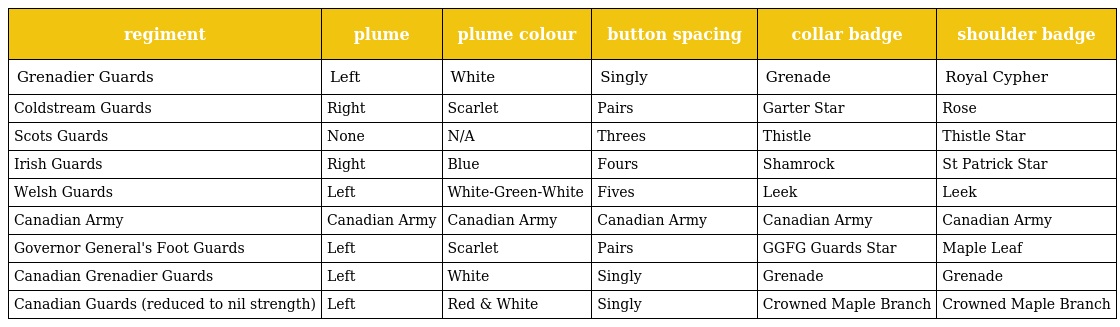
| regiment | plume | plume colour | button spacing | collar badge | shoulder badge |
 | --- | --- | --- | --- | --- | --- |
 | Grenadier Guards | Left | White | Singly | Grenade | Royal Cypher |
 | Coldstream Guards | Right | Scarlet | Pairs | Garter Star | Rose |
 | Scots Guards | None | N/A | Threes | Thistle | Thistle Star |
 | Irish Guards | Right | Blue | Fours | Shamrock | St Patrick Star |
 | Welsh Guards | Left | White-Green-White | Fives | Leek | Leek |
 | Canadian Army | Canadian Army | Canadian Army | Canadian Army | Canadian Army | Canadian Army |
 | Governor General's Foot Guards | Left | Scarlet | Pairs | GGFG Guards Star | Maple Leaf |
 | Canadian Grenadier Guards | Left | White | Singly | Grenade | Grenade |
 | Canadian Guards (reduced to nil strength) | Left | Red & White | Singly | Crowned Maple Branch | Crowned Maple Branch |